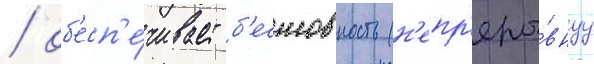
/ об'есп'е́чивает б'есшовность (н'епр'еры́внуу